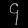
Digit: ၄